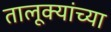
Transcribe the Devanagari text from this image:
तालूक्यांच्या